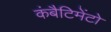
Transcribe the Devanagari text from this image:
कंबैटिमेंटो